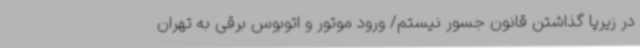
در زیرپا گذاشتن قانون جسور نیستم/ ورود موتور و اتوبوس برقی به تهران